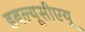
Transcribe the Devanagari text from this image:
डबल्यूसीएयू